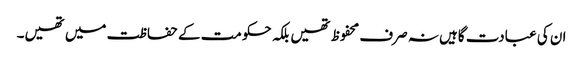
ان کی عبادت گاہیں نہ صرف محفوظ تھیں بلکہ حکومت کے حفاظت میں تھیں۔